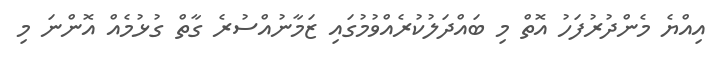
އިއްޔެ މެންދުރުފަހު އޮތް މި ބައްދަލުކުރެއްވުމުގައި ޒަމާނުއްސުރެ ގާތް ގުޅުމެއް އޮންނަ މި